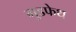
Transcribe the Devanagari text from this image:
गुडफेथ